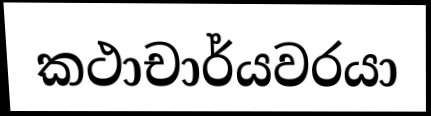
කථාචාර්යවරයා